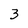
Character: 3